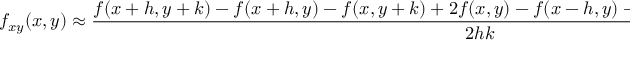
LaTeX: f _ { x y } ( x , y ) \approx { \frac { f ( x + h , y + k ) - f ( x + h , y ) - f ( x , y + k ) + 2 f ( x , y ) - f ( x - h , y ) - f ( x , y - k ) + f ( x - h , y - k ) } { 2 h k } } ,